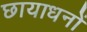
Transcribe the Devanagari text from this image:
छायाधनों